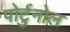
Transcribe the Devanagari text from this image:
पोर्टुनोल